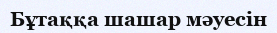
Бұтаққа шашар мәуесін